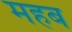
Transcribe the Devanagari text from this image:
महब